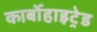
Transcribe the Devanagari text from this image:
कार्बोहाइट्रेड